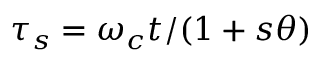
\tau _ { s } = \omega _ { c } t / ( 1 + s \theta )